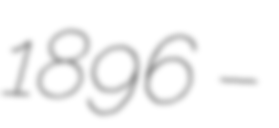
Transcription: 1896 –